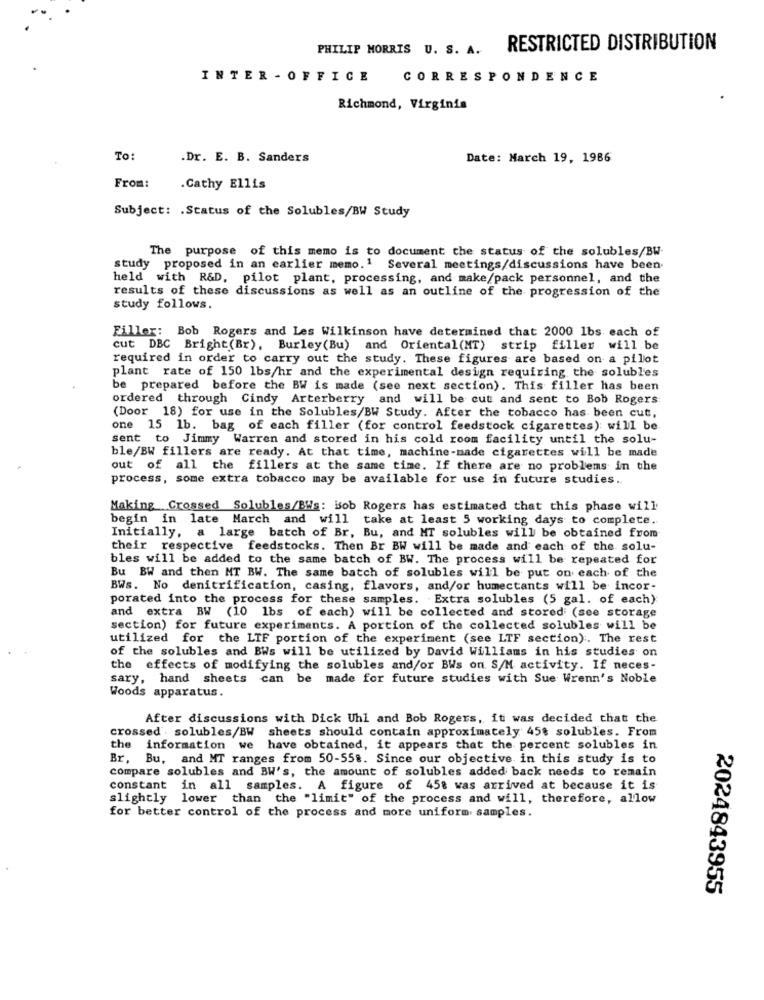
PHILIP MORRIS U. S. A.
RESTRICTED DISTRIBUTION
INTER - OFFICE
CORRESPONDENCE
Richmond, Virginia
To:
.Dr. E. B. Sanders
Date: March 19, 1986
From:
.Cathy Ellis
Subject: . Status of the Solubles/BW Study
The purpose of this memo is to document the status of the solubles/BW-
study proposed in an earlier memo.1 Several meetings/discussions have been.
held with R&D, pilot plant, processing, and make/pack personnel, and the
results of these discussions as well as an outline of the progression of the
study follows.
Filler: Bob Rogers and Les Wilkinson have determined that 2000 1bs each of
cut DBC Bright(Br), Burley(Bu) and Oriental(MT) strip filler will be
required in order to carry out the study. These figures are based on a pilot
plant rate of 150 lbs/hr and the experimental design requiring the solubles
be prepared before the BW is made (see next section). This filler has been
ordered through Cindy Arterberry and will be cut and sent to Bob Rogers
(Door 18) for use in the Solubles/BW Study. After the tobacco has been cut,
one 15 lb. bag of each filler (for control feedstock cigarettes) will be
sent to Jimmy Warren and stored in his cold room facility until the solu-
ble/BW fillers are ready. At that time, machine-made cigarettes will be made
out of all the fillers at the same time. If there are no problems in the
process, some extra tobacco may be available for use in future studies ..
Making Crossed Solubles/BWs: Bob Rogers has estimated that this phase will
begin in late March and will take at least 5 working days to complete.
Initially, a large batch of Br, Bu, and MT solubles will be obtained from
their respective feedstocks. Then Br BW will be made and each of the solu-
bles will be added to the same batch of BW. The process will be repeated for
Bu BW and then MT BW. The same batch of solubles will be put on each of the
BWs. No denitrification, casing, flavors, and/or humectants will be incor-
porated into the process for these samples. Extra solubles (5 gal. of each)
and extra BW (10 1bs of each) will be collected and stored (see storage
section) for future experiments. A portion of the collected solubles will be
utilized for the LTF portion of the experiment (see LTF section). The rest
of the solubles and BWs will be utilized by David Williams in his studies on
the effects of modifying the solubles and/or BWs on S/M activity. If neces-
sary, hand sheets can be made for future studies with Sue Wrenn's Noble
Woods apparatus.
After discussions with Dick Uhl and Bob Rogers, it was decided that the
crossed . solubles/BW sheets should contain approximately 45t solubles. From
the information we have obtained, it appears that the percent solubles in
Br, Bu, and MT ranges from 50-558. Since our objective in this study is to
compare solubles and BW's, the amount of solubles added back needs to remain
constant in all samples. A figure of 458 was arrived at because it is
slightly lower than the "limit" of the process and will, therefore, allow
for better control of the process and more uniform samples.
2024843955